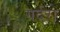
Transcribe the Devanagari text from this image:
गर्दरा